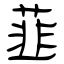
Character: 韮